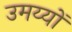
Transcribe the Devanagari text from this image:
उमय्यों